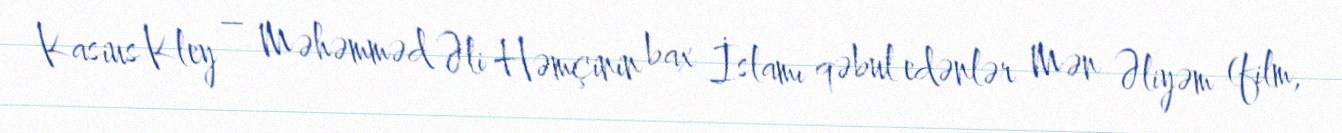
Kasius Kley – Məhəmməd Əli Həmçinin bax İslamı qəbul edənlər Mən Əliyəm (film,